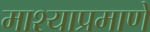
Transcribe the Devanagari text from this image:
माश्याप्रमाणे